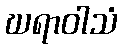
ဃရာဝါသံ